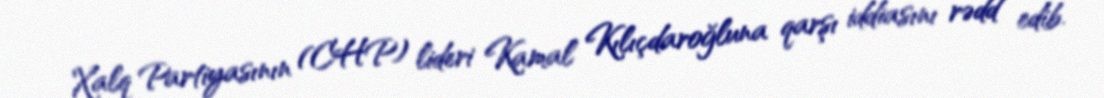
Xalq Partiyasının (CHP) lideri Kamal Kılıçdaroğluna qarşı iddiasını rədd edib.